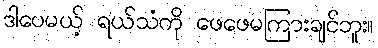
ဒါပေမယ့် ရယ်သံကို ဖေဖေမကြားချင်ဘူး။